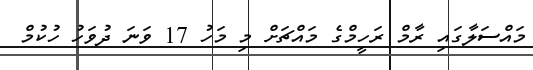
މައްސަލާގައި ރާމް ރަހީމްގެ މައްޗަށް މި މަހު 17 ވަނަ ދުވަހު ހުކުމް